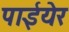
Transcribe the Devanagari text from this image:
पाईयेर